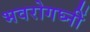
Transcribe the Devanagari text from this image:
भवरोगघ्नीं